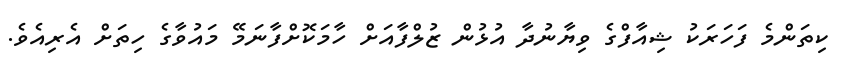
ކިތަންމެ ފަހަރަކު ޝިއާފްގެ ވިޔާނުދާ އުޅުން ޒުލްފާއަށް ހާމަކޮށްފާނަމޭ މައުވާގެ ހިތަށް އެރިއެވެ.